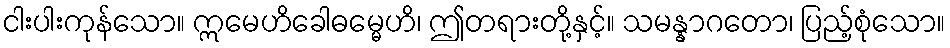
ငါးပါးကုန်သော။ ဣမေဟိခေါဓမ္မေဟိ၊ ဤတရားတို့နှင့်။ သမန္နာဂတော၊ ပြည့်စုံသော။